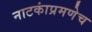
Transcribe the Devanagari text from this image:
नाटकांप्रमणेच